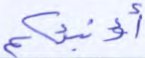
أؤنبئكم